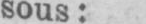
sous: